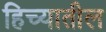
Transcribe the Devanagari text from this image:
हिच्यातील